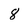
Character: 8